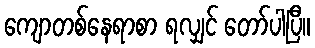
ကျောတစ်နေရာစာ ရလျှင် တော်ပါပြီ။